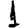
Digit: 1